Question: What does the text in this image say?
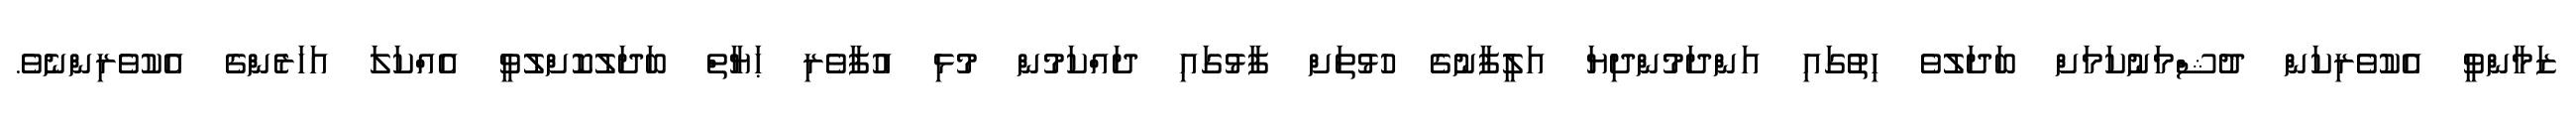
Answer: ޒަމާންވީ އެކުވެރިކަން ދުޝްމަނުކަމަށް ބަދަލުވެ ހިތުގައި އަންދަމުންދިޔަ އަލީފާނުގެ ހުޅުތަށް ފާޅުގައި ދައްކަމުން މުޅި އުފާވެރި ޙަޔާތް ބަދަލުކޮށްލުވީ އެއްކަލަ އަހަރެންގެ އެކުވެރިންނެވެ.